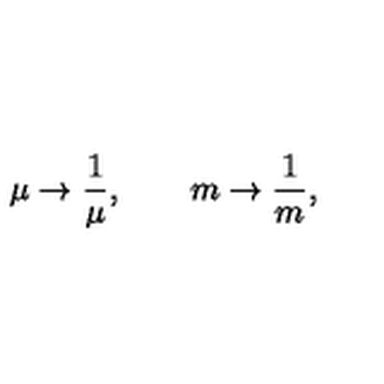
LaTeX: \mu \rightarrow \frac { 1 } { \mu } , \qquad m \rightarrow \frac { 1 } { m } ,